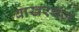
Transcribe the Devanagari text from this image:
बाखरगंज